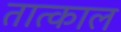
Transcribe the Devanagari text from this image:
तात्काल